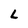
Character: L